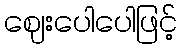
ဈေးပေါပေါဖြင့်